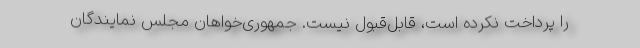
را پرداخت نکرده است، قابل‌قبول نیست. جمهوری‌خواهان مجلس نمایندگان